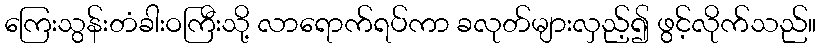
ကြေးသွန်းတံခါးဝကြီးသို့ လာရောက်ရပ်ကာ ခလုတ်များလှည့်၍ ဖွင့်လိုက်သည်။